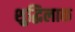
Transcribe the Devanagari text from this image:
शुद्धिलाक